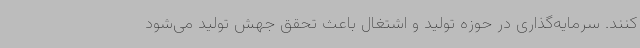
کنند. سرمایه‌گذاری در حوزه تولید و اشتغال باعث تحقق جهش تولید می‌شود